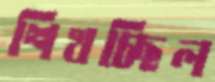
শিখচ্ছিল